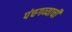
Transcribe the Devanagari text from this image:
पंचगव्याची